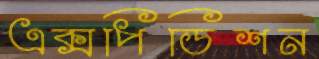
এক্সপিডিশন